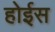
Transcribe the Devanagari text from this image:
होईस